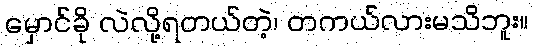
မှောင်ခို လဲလို့ရတယ်တဲ့၊ တကယ်လားမသိဘူး။